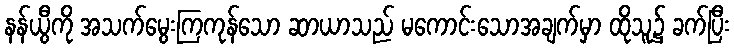
နန်ယွီကို အသက်မွေးကြကုန်သော ဆာယာသည် မကောင်းသောအချက်မှာ ထိုသူ၌ ခက်ပြီး